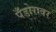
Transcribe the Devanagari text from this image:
पँडोरावर